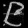
Digit: ၉